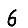
Digit: 6